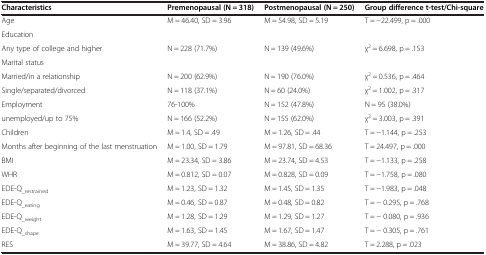
| Characteristics | Premenopausal (N = 318) | Postmenopausal (N = 250) | Group difference t-test/Chi-square |
 | --- | --- | --- | --- |
 | Age | M = 46.40, SD = 3.96 | M = 54.98, SD = 5.19 | T = −22.499, p = .000 |
 | Education |  |  |  |
 | Any type of college and higher | N = 228 (71.7%) | N = 139 (49.6%) | χ2 = 6.698, p = .153 |
 | Marital status |  |  |  |
 | Married/in a relationship | N = 200 (62.9%) | N = 190 (76.0%) | χ2 = 0.536, p = .464 |
 | Single/separated/divorced | N = 118 (37.1%) | N = 60 (24.0%) | χ2 = 1.002, p = .317 |
 | Employment | 76-100% | N = 152 (47.8%) | N = 95 (38.0%) |
 | unemployed/up to 75% | N = 166 (52.2%) | N = 155 (62.0%) | χ2 = 3.003, p = .391 |
 | Children | M = 1.4, SD = .49 | M = 1.26, SD = .44 | T = −1.144, p = .253 |
 | Months after beginning of the last menstruation | M = 1.00, SD = 1.79 | M = 97.81, SD = 68.36 | T = 24.497, p = .000 |
 | BMI | M = 23.34, SD = 3.86 | M = 23.74, SD = 4.53 | T = −1.133, p = .258 |
 | WHR | M = 0.812, SD = 0.07 | M = 0.828, SD = 0.09 | T = −1.758, p = .080 |
 | EDE-Q_restrained | M = 1.23, SD = 1.32 | M = 1.45, SD = 1.35 | T = −1.983, p = .048 |
 | EDE-Q_eating | M = 0.46, SD = 0.87 | M = 0.48, SD = 0.82 | T = − 0.295, p = .768 |
 | EDE-Q_weight | M = 1.28, SD = 1.29 | M = 1.29, SD = 1.27 | T = − 0.080, p = .936 |
 | EDE-Q_shape | M = 1.63, SD = 1.45 | M = 1.67, SD = 1.47 | T = − 0.305, p = .761 |
 | RES | M = 39.77, SD = 4.64 | M = 38.86, SD = 4.82 | T = 2.288, p = .023 |